Report of the Indian Hemp Drugs Commission, 1894-1895 - Volume VI
Year: 1894
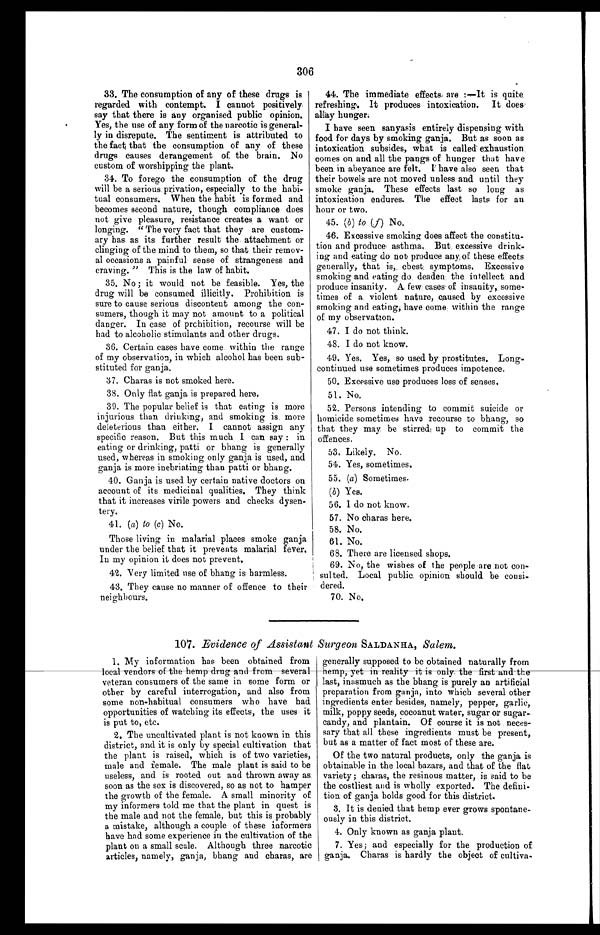
306
33. The consumption of any of these drugs is
regarded with contempt. I cannot positively
say that there is any organised public opinion.
Yes, the use of any form of the narcotic is general-
l y - l y i n d i s r e p u t e . T h e s e n t i m e n t i s a t t r i b u t e d t o
the fact that the consumption of any of these
drugs causes derangement of the brain. No
custom of worshipping the plant.
34. To forego the consumption of the drug
will be a serious privation, especially to the habi
- t u a l c o n s u m e r s . W h e n t h e h a b i t i s f o r m e d a n d
becomes second nature, though compliance does
not give pleasure, resistance creates a want or
longing. "The very fact that they are custom
- a r y h a s a s i t s f u r t h e r r e s u l t t h e a t t a c h m e n t o r
clinging of the mind to them, so that their remov
- a l o c c a s i o n s a p a i n f u l s e n s e o f s t r a n g e n e s s a n d
craving." This is the law of habit.
35. No; it would not be feasible. Yes, the
drug will be consumed illicitly. Prohibition is
sure to cause serious discontent among the con
- s u m e r s , t h o u g h i t m a y n o t a m o u n t t o a p o l i t i c a l
danger. In case of prohibition, recourse will be
had to alcoholic stimulants and other drugs.
36. Certain cases have come within the range
of my observation, in which alcohol has been sub
- s t i t u t e d f o r g a n j a .
37. Charas is not smoked here.
38. Only flat ganja is prepared here.
39. The popular belief is that eating is more
injurious than drinking, and smoking is more
deleterious than either. I cannot assign any
specific reason. But this much I can say: in
eating or drinking, patti or bhang is generally
used, whereas in smoking only ganja is used, and
ganja is more inebriating than patti or bhang.
40. Ganja is used by certain native doctors on
account of its medicinal qualities. They think
that it increases virile powers and checks dysen
-tery.
41. ( a) to (c ) No.
Those living in malarial places smoke ganja
under the belief that it prevents malarial fever.
In my opinion it does not prevent.
42. Very limited use of bhang is harmless.
43. They cause no manner of offence to their
neig hbours.
44. The immediate effects are :—It is quite
refreshing. It produces intoxication. It does
allay hunger.
I have seen sanyasis entirely dispensing with
food for days by smoking ganja. But as soon as
intoxication subsides, what is called exhaustion
comes on and all the pangs of hunger that have
been in abeyance are felt. I have also seen that
their bowels are not moved unless and until they
smoke ganja. These effects last so long as
intoxication endures. The effect lasts for an
hour or two.
45. (b) to (f) No.
46. Excessive smoking does affect the constitu
-tion and produce asthma. But, excessive drink--
ing and eating do not produce any of these effects
generally, that is, chest symptoms. Excessive
smoking and eating do deaden the intellect and
produce insanity. A few cases of insanity, some-
-times of a violent nature, caused by excessive
smoking and eating, have come within the range
of my observation.
45. I do not think.
46. I do not know.
47. Yes. Yes, so used by prostitutes. Long
-continued use sometimes produces impotence.
48. Excessive use produces loss of senses.
49. No.
50. Persons intending to commit suicide or
homicide sometimes have recourse to bhang, so
that they may. be stirred up to commit the
offences.
53. Likely. No.
54. Yes, sometimes.
5 5 . (
a
)
S o m e t i m e s .
(b) Yes.
5 6 . I d o n o t k n o w .
57. No charas here.
58. No.
61. No.
68. There are licensed shops.
69. No, the wishes of the people are not con
- sulted. Local public, opinion should be consi--
dered.
70. No.
107. Evidence of Assistant Surgeon SALDANHA, Salem.
1. My information has been obtained from local vendors of the hemp drug and from several
veteran consumers of the same in some form or
other by careful interrogation, and also from
some non-habitual consumers who have had
opportunities of watching its effects, the uses it
is put to, etc.
2. The uncultivated plant is not known in this
district, and it is only by special cultivation that
the plant is raised, which is of two varieties,
male and female. The male plant is said to be
useless, and is rooted out and thrown away as
soon as the sex is discovered, so as not to hamper
the growth of the female. A small minority of
my informers told me that the plant in quest is
the male and not the female, but this is probably
a mistake, although a couple of these informers
have had some experience in the cultivation of the
plant on a small scale. Although three narcotic
articles, namely, ganja, bhang and charas, are
generally supposed to be obtained naturally from
hemp, yet in reality it is
o n l y t h e f i r s t a n d t h e l a s t , i n a s m u c h a s t h e b h a n g i s p u r e l y a n a r t i f i c i a l
preparation from ganja, into which several other
ingredients enter besides, namely, pepper, garlic,
milk, poppy seeds, cocoanut water, sugar or sugar
-candy, and plantain. Of course it is not neces
-sary that all these ingredients must be present,
but as a matter of fact most of these are.
Of the two natural products, only the ganja is
obtainable in the local bazars, and that of the flat
variety; charas, the resinous matter, is said to be
the costliest and is wholly exported. The defini
-tion of ganja holds good for this district.
3. It is denied that hemp ever grows spontane
-ously in this district.
4. Only known as ganja plant.
7. Yes; and especially for the production of
ganja. Charas is hardly the object of cultiva-